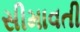
સીમાવતી